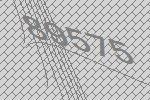
89575